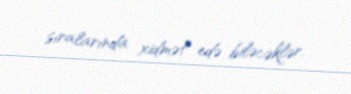
sıralarında xidmət edə biləcəklər.